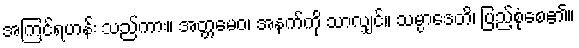
အကြင်ရဟန်း သည်ကား။ အတ္တမေဝ၊ အနက်ကို သာလျှင်။ သမ္ပာဒေတိ၊ ပြည့်စုံစေ၏။